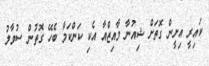
ކައިރީ އިށީން ގޮތަށް ޝިއުނާ މާއިޒްއާ އެކި ކަންކަމާ ބެހޭ ގޮތުން ސުވާލު